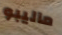
ماليبو